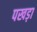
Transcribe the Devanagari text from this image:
पखड़ा